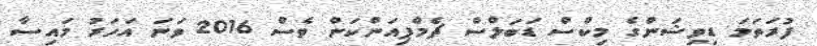
ފުރަތަމަ ޑިވިޝަންގެ މިކްސް ޑަބަލްސް ޗެމްޕިއަންކަން ވެސް 2016 ވަނަ އަހަރު މައިސާ